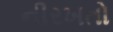
નીરખતો